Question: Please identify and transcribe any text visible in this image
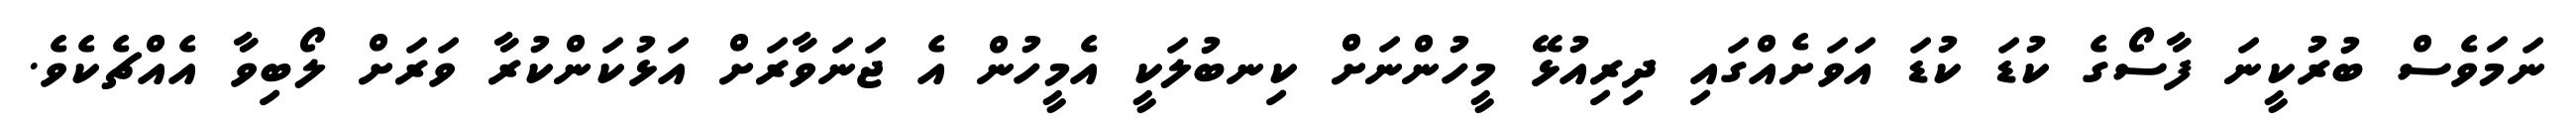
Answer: ނަމަވެސް ބުރުކީނަ ފާސޯގެ ކުޑަ ކުޑަ އަވަށެއްގައި ދިރިއުޅޭ މީހުންނަށް ކިނބުލަކީ އެމީހުން އެ ޖަނަވާރަށް އަޅުކަންކުރާ ވަރަށް ލޯބިވާ އެއްޗެކެވެ.